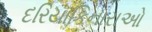
દરિયાકિનારાઓ